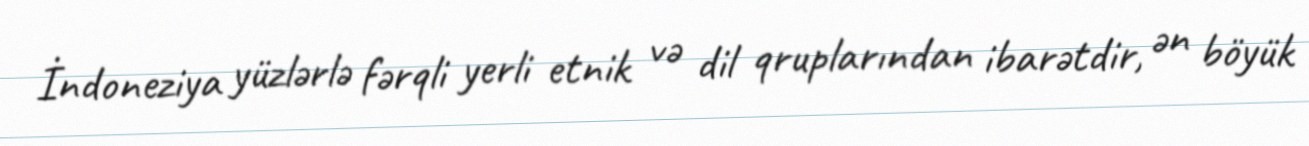
İndoneziya yüzlərlə fərqli yerli etnik və dil qruplarından ibarətdir, ən böyük